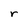
Character: r